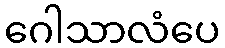
ဂေါသာလံပေ